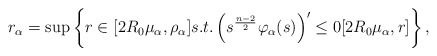
\begin{align*}r_\alpha=\sup\left\{r\in [2R_0 \mu_\alpha, \rho_\alpha]s.t. \left(s^{\frac{n-2}{2}} \varphi_\alpha(s) \right)'\leq 0 [2R_0 \mu_\alpha, r]\right\},\end{align*}